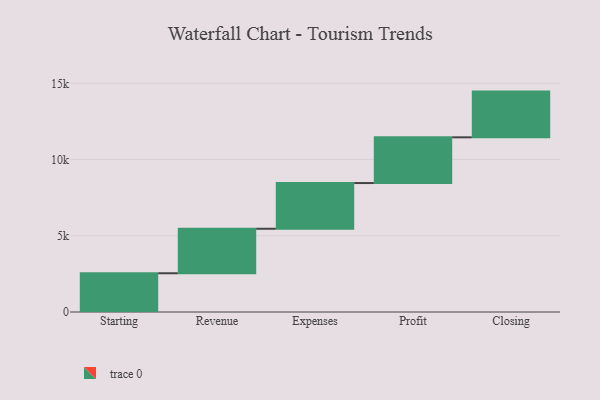
{"axis": {"x": "Step", "y": "Value"}, "legend": [""], "data": [{"x": "Starting", "y": 2542.0, "type": ""}, {"x": "Revenue", "y": 2920.0, "type": ""}, {"x": "Expenses", "y": 3000, "type": ""}, {"x": "Profit", "y": 3000, "type": ""}, {"x": "Closing", "y": 3000, "type": ""}]}